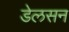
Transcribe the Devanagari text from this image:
डेलसन